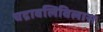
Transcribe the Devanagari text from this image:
चद्रावलिविलास